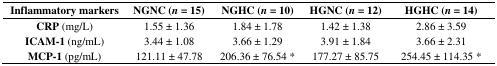
| Inflammatory markers | NGNC (n = 15) | NGHC (n = 10) | HGNC (n = 12) | HGHC (n = 14) |
 | --- | --- | --- | --- | --- |
 | CRP (mg/L) | 1.55 ± 1.36 | 1.84 ± 1.78 | 1.42 ± 1.38 | 2.86 ± 3.59 |
 | ICAM-1 (ng/mL) | 3.44 ± 1.08 | 3.66 ± 1.29 | 3.91 ± 1.84 | 3.66 ± 2.31 |
 | MCP-1 (pg/mL) | 121.11 ± 47.78 | 206.36 ± 76.54 * | 177.27 ± 85.75 | 254.45 ± 114.35 * |